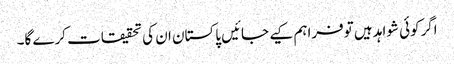
اگرکوئی شواہد ہیں توفراہم کیے جائیں پاکستان ان کی تحقیقات کرے گا۔